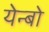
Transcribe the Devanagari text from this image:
येन्बो